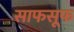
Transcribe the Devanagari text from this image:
साफसूफ